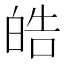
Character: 皓